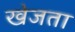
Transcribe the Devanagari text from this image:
खेजता